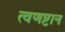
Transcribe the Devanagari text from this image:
त्वणष्टान